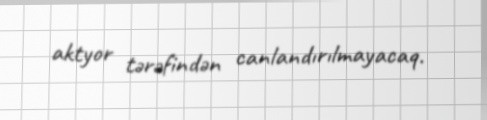
aktyor tərəfindən canlandırılmayacaq.